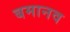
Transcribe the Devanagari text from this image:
बमानव